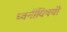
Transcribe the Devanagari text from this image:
ध्वनींविषयी